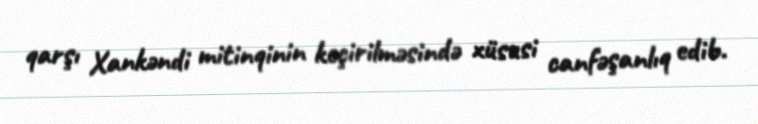
qarşı Xankəndi mitinqinin keçirilməsində xüsusi canfəşanlıq edib.